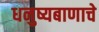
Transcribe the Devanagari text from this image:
धनुष्यबाणाचे